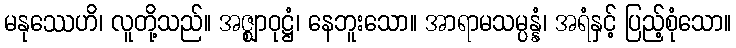
မနုဿေဟိ၊ လူတို့သည်။ အဇ္ဈာဝုဋ္ဌံ၊ နေဘူးသော။ အာရာမသမ္ပန္နံ၊ အရံနှင့် ပြည့်စုံသော။